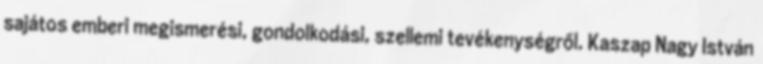
sajátos emberi megismerési, gondolkodási, szellemi tevékenységről. Kaszap Nagy István